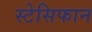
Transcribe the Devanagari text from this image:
स्टेसिफान